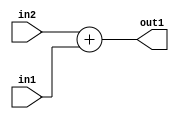
`timescale 1ps / 1ps
/*****************************************************************************
    Verilog RTL Description
    
    
    Created by: Stratus DpOpt 2019.1.01 
*******************************************************************************/

module bias_addr_gen_Add_32Ux14U_32U_1 (
	in2,
	in1,
	out1
	); /* architecture "behavioural" */ 
input [31:0] in2;
input [13:0] in1;
output [31:0] out1;
wire [31:0] asc001;

assign asc001 = 
	+(in2)
	+(in1);

assign out1 = asc001;
endmodule

/* CADENCE  ubP0TA0= : u9/ySgnWtBlWxVPRXgAZ4Og= ** DO NOT EDIT THIS LINE ******/